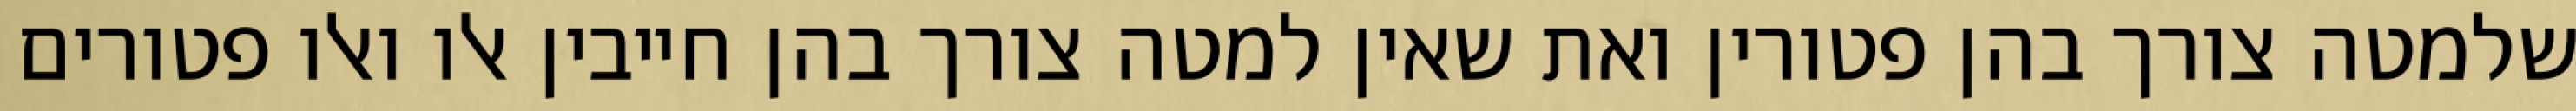
שלמטה צורך בהן פטורין ואת שאין למטה צורך בהן חייבין אלו ואלו פטורים